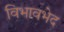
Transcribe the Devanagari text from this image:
विभावभेद